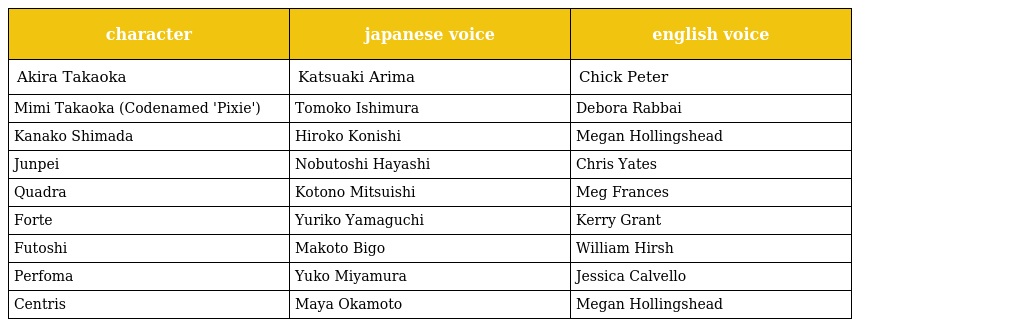
| character | japanese voice | english voice |
 | --- | --- | --- |
 | Akira Takaoka | Katsuaki Arima | Chick Peter |
 | Mimi Takaoka (Codenamed 'Pixie') | Tomoko Ishimura | Debora Rabbai |
 | Kanako Shimada | Hiroko Konishi | Megan Hollingshead |
 | Junpei | Nobutoshi Hayashi | Chris Yates |
 | Quadra | Kotono Mitsuishi | Meg Frances |
 | Forte | Yuriko Yamaguchi | Kerry Grant |
 | Futoshi | Makoto Bigo | William Hirsh |
 | Perfoma | Yuko Miyamura | Jessica Calvello |
 | Centris | Maya Okamoto | Megan Hollingshead |